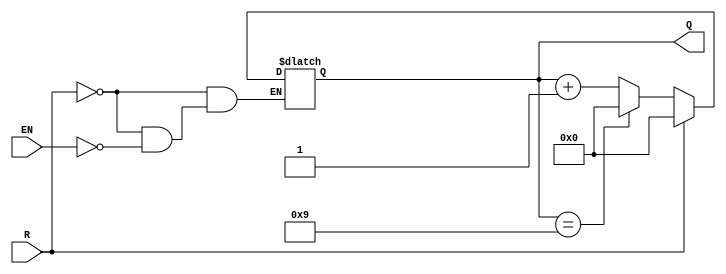
module BCD_Asynchronous_Counter (
    input wire EN,    // Enable signal
    input wire R,     // Asynchronous reset signal
    output reg [3:0] Q // BCD output
);

// Always block for asynchronous reset and counting
always @(*) begin
    if (R) begin
        Q = 4'b0000; // Reset to 0
    end else if (EN) begin
        if (Q == 4'b1001) begin
            Q = 4'b0000; // Wrap around to 0 after 9
        end else begin
            Q = Q + 1; // Increment the counter
        end
    end
end

endmodule